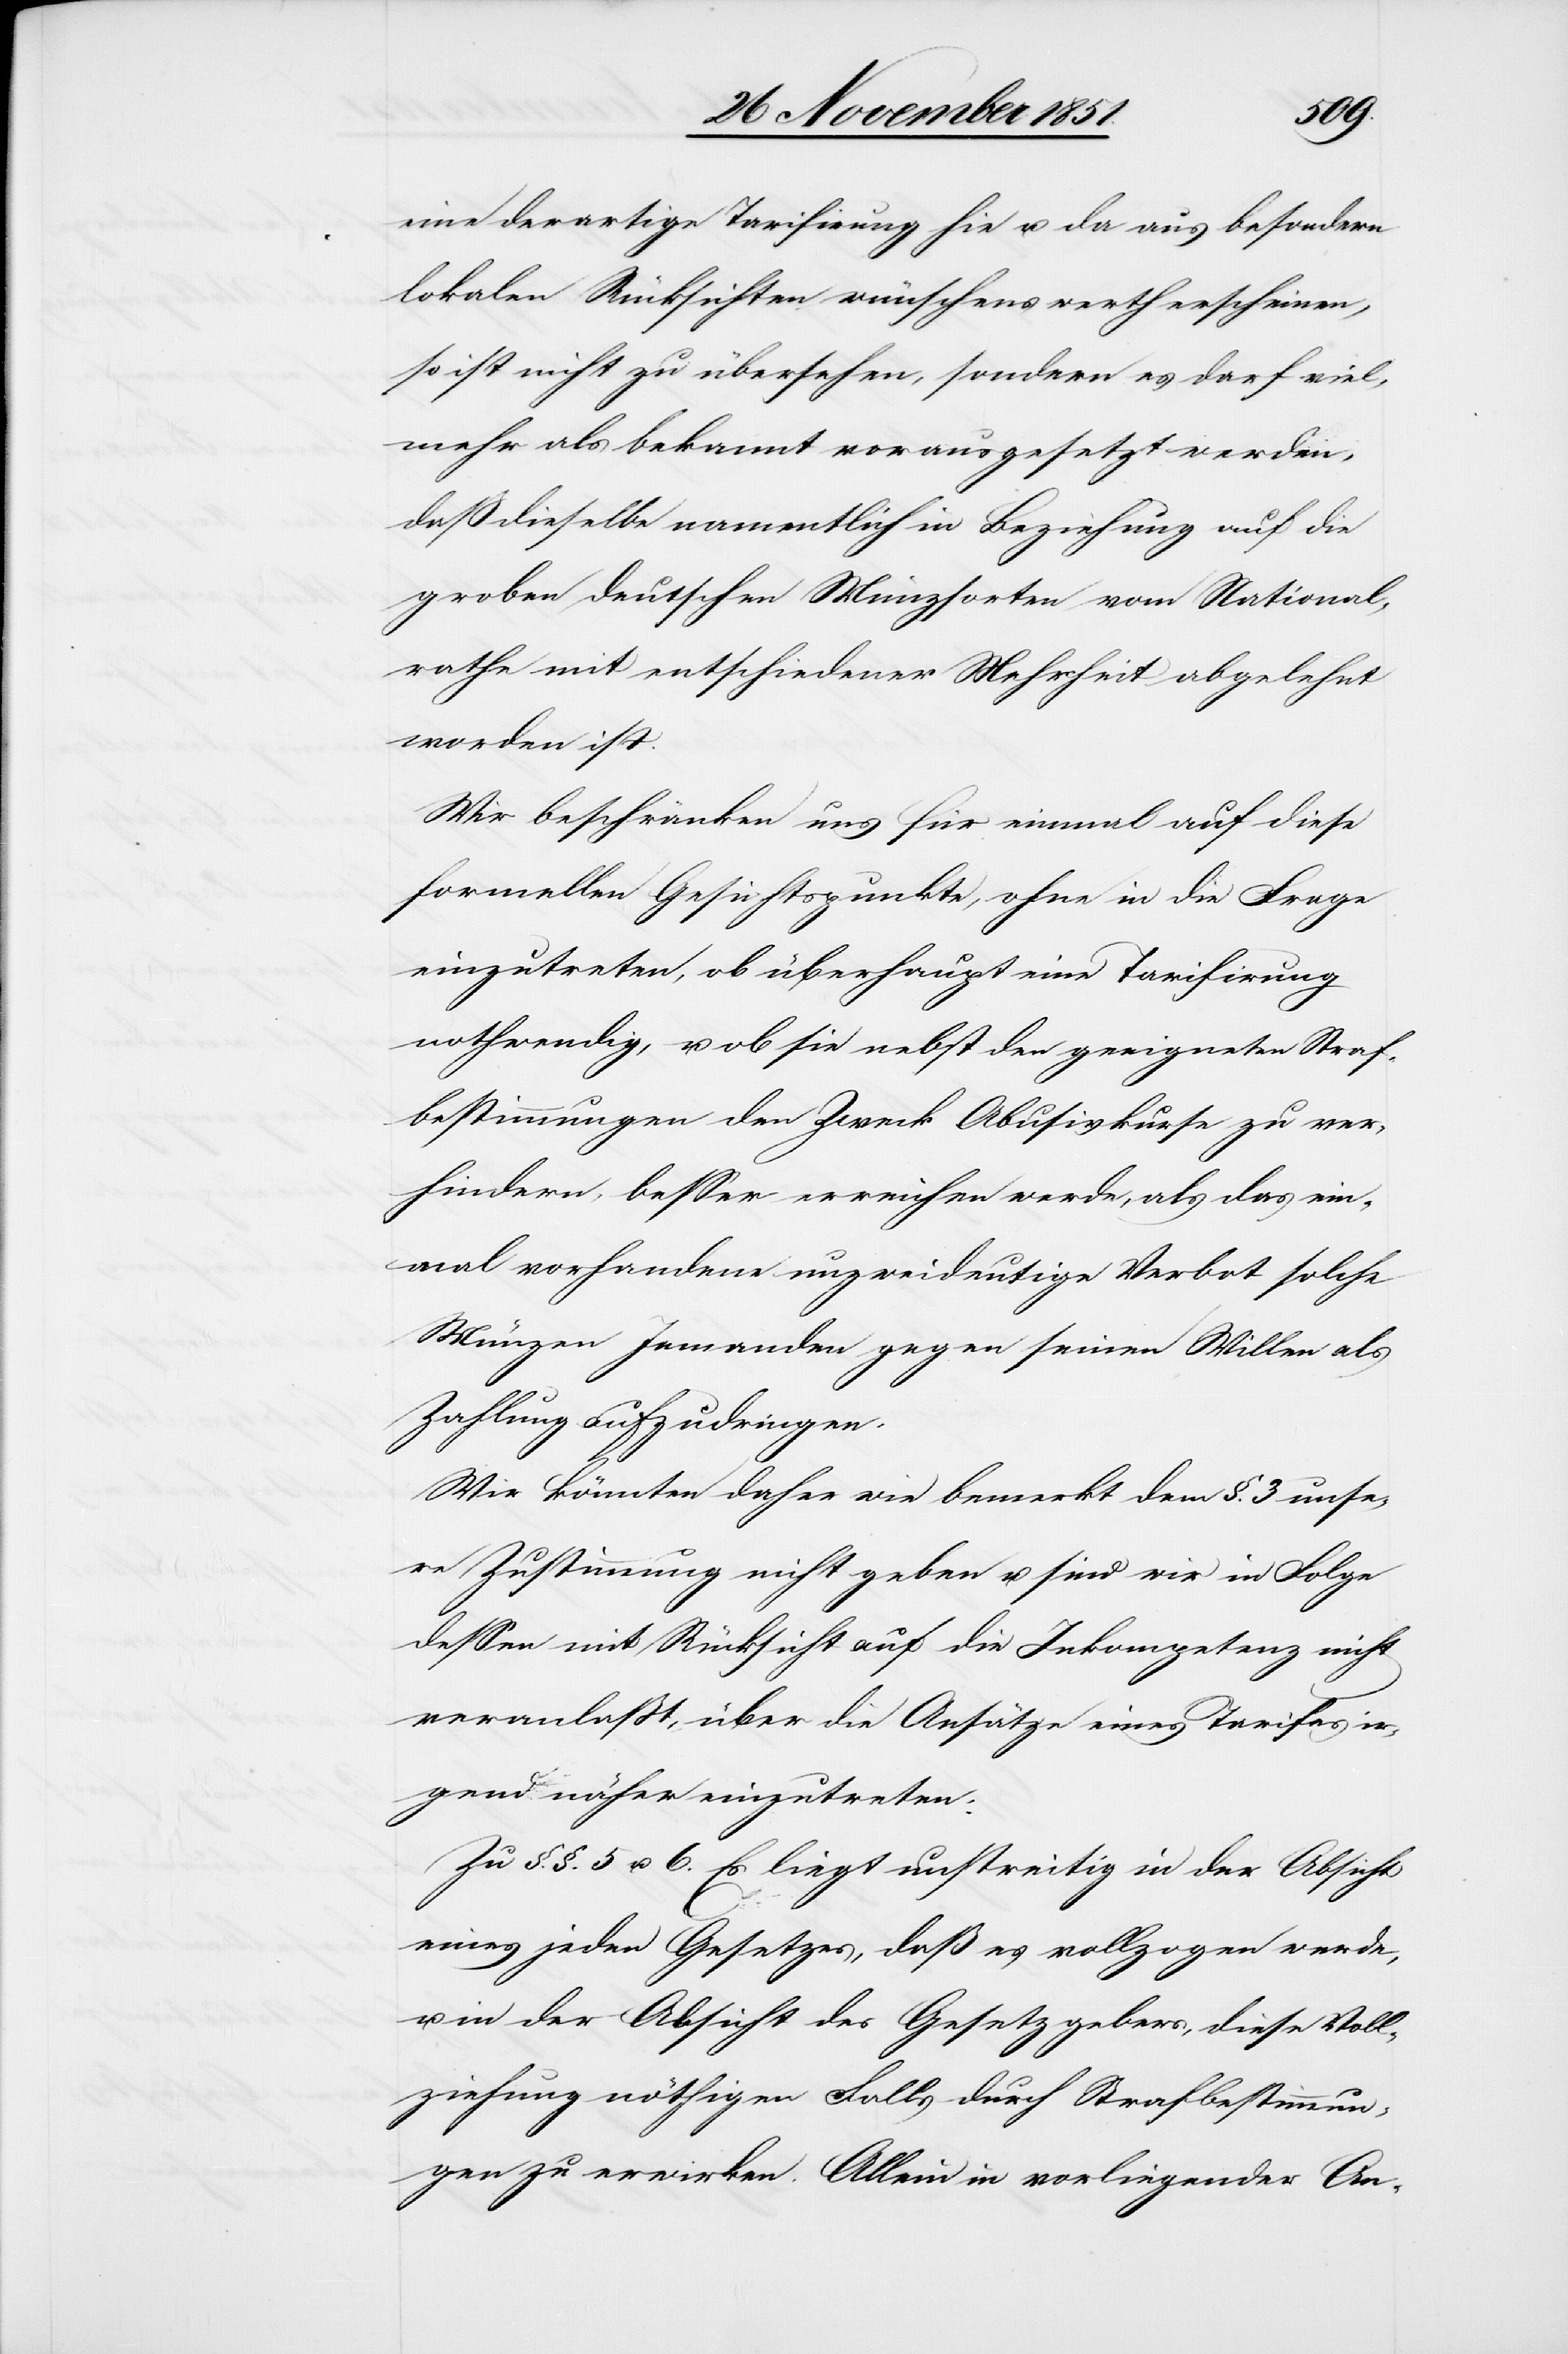
eine derartige Tarifirung hie u. da aus besondern
lokalen Rücksichten wünschenswerth erscheinen,
so ist nicht zu übersehen, sondern es darf viel¬
mehr als bekannt vorausgesetzt werden,
daß dieselbe namentlich in Beziehung auf die
groben deutschen Münzsorten vom National¬
rathe mit entschiedener Mehrheit abgelehnt
worden ist.
Wir beschränken uns für einmal auf diese
formellen Gesichtspunkte, ohne in die Frage
einzutreten, ob überhaupt eine Tarifirung
nothwendig, u. ob sie nebst den geeigneten Straf¬
bestimmungen den Zweck Abusivkurse zu ver¬
hindern, besser erreichen werde, als das ein¬
mal vorhandene unzweideutige Verbot solche
Münzen Jemanden gegen seinen Willen als
Zahlung aufzudringen.
Wir könnten daher wie bemerkt dem §. 3. unse¬
re Zustimmung nicht geben u. sind wir in Folge
dessen mit Rücksicht auf die Inkompetenz nicht
veranlaßt, über die Ansätze eines Tarifes ir¬
gend näher einzutreten.
Zu §.§. 5 u. 6. Es liegt unstreitig in der Absicht
eines jeden Gesetzes, daß es vollzogen werde,
u. in der Absicht des Gesetzgebers, diese Voll¬
ziehung nöthigen Falls durch Strafbestimmun¬
gen zu erwirken. Allein in vorliegender An-